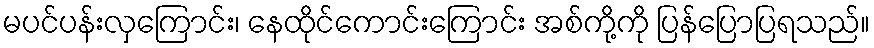
မပင်ပန်းလှကြောင်း၊ နေထိုင်ကောင်းကြောင်း အစ်ကို့ကို ပြန်ပြောပြရသည်။